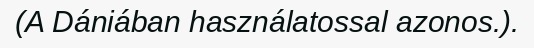
(A Dániában használatossal azonos.).